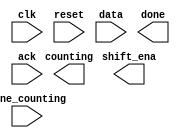
// We want to create a timer that:

// First, is started when a particular pattern (1101) is detected,
// Second, shifts in 4 more bits to determine the duration to delay,
// Third, waits for the counters to finish counting, and
// Fourth, notifies the user and waits for the user to acknowledge the timer.
// Fifth, In this problem, implement just the finite-state machine that controls the timer. The data path (counters and some comparators) are not included here.

// The serial data is available on the data input pin. When the pattern 1101 is received, the state machine must then assert output shift_ena for exactly 4 clock cycles.

// After that, the state machine asserts its counting output to indicate it is waiting for the counters, and waits until input done_counting is high.

// At that point, the state machine must assert done to notify the user the timer has timed out, and waits until input ack is 1 before being reset to look for the next occurrence of the start sequence (1101).

// The state machine should reset into a state where it begins searching for the input sequence 1101.

module top_module (
    input clk,
    input reset,      // Synchronous reset
    input data,
    output shift_ena,
    output counting,
    input done_counting,
    output done,
    input ack );

    // Insert your code here

endmodule